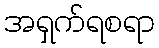
အရှက်ရစရာ